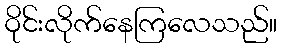
ဝိုင်းလိုက်နေကြလေသည်။